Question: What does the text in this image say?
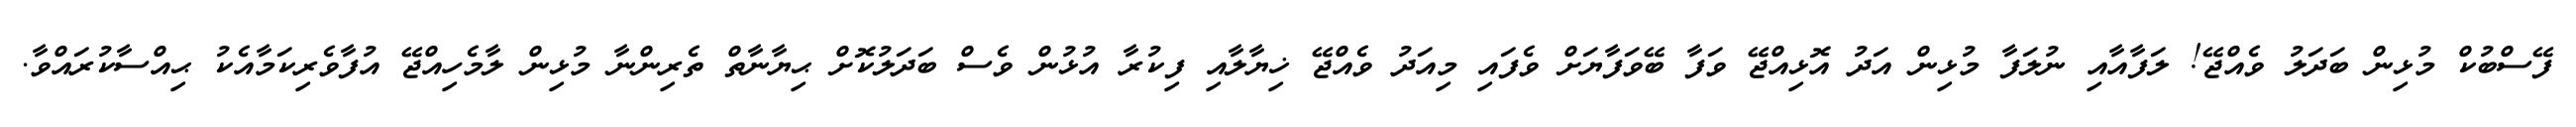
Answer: ފޭސްބުކް މުޅިން ބަދަލު ވެއްޖޭ! ލަފާއާއި ނުލަފާ މުޅިން އަދު އޮޅިއްޖޭ ވަފާ ބޭވަފާޔަށް ވެފައި މިއަދު ވެއްޖޭ ޚިޔާލާއި ފިކުރާ އުޅުން ވެސް ބަދަލުކޮށް ޙިޔާނާތް ތެރިންނާ މުޅިން ލާމެހިއްޖޭ އުފާވެރިކަމާއެކު ޙިއްސާކުރައްވާ.